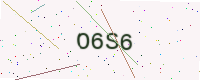
Text: O6S6